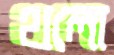
থলো